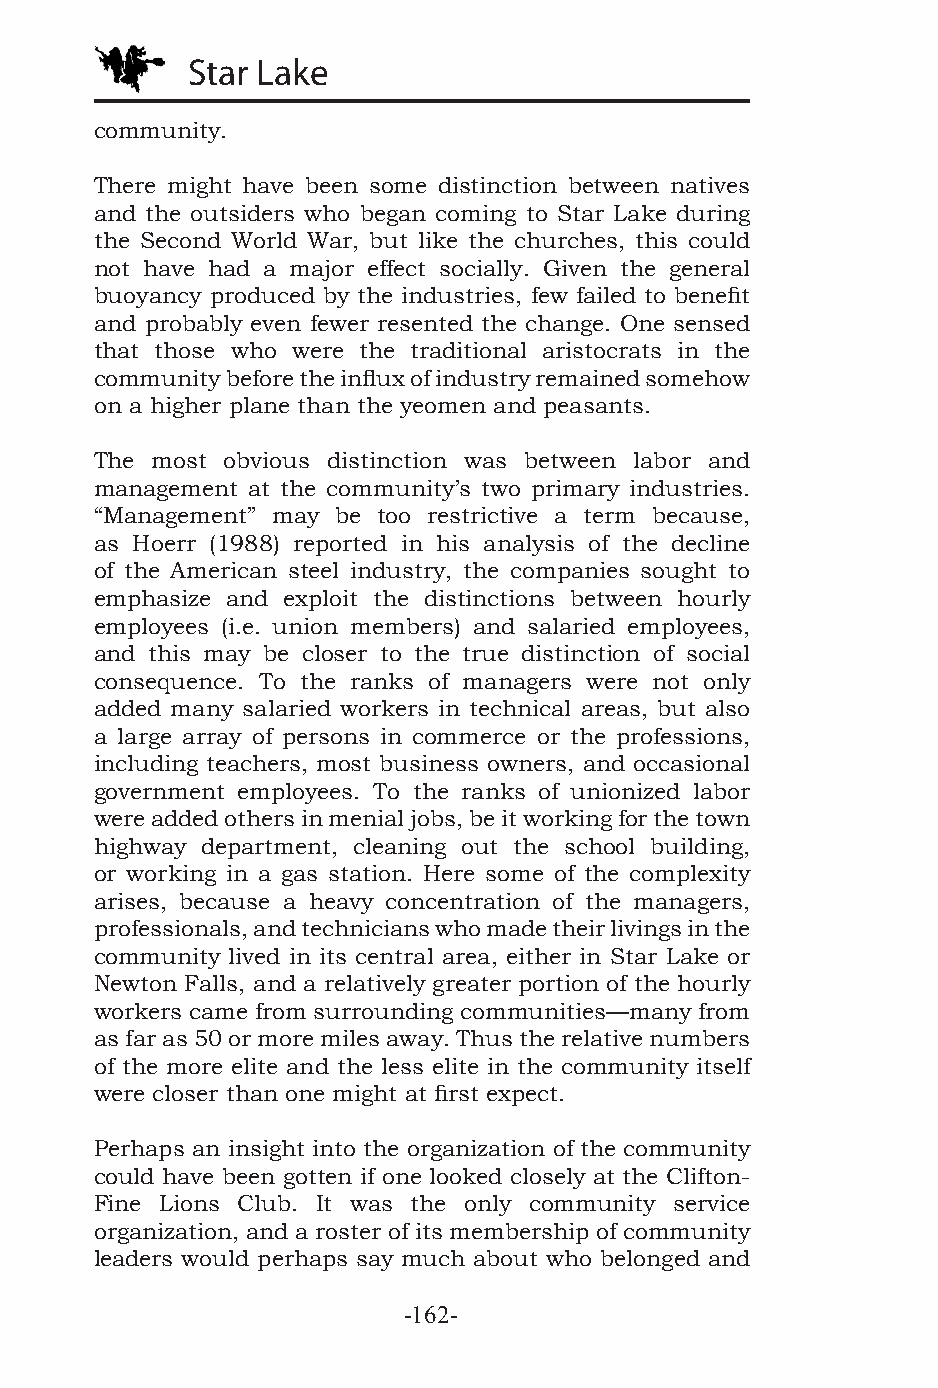
Star Lake
 community.
 There might have been some distinction between natives
 and the outsiders who began coming to Star Lake during
 the Second World War, but like the churches, this could
 not have had a major effect socially. Given the general
 buoyancy produced by the industries, few failed to benefit
 and probably even fewer resented the change. One sensed
 that those who were the traditional aristocrats in the
 community before the influx of industry remained somehow
 on a higher plane than the yeomen and peasants.
 The most obvious distinction was between labor and
 management at the community’s two primary industries.
 “Management” may be too restrictive a term because,
 as Hoerr (1988) reported in his analysis of the decline
 of the American steel industry, the companies sought to
 emphasize and exploit the distinctions between hourly
 employees (i.e. union members) and salaried employees,
 and this may be closer to the true distinction of social
 consequence. To the ranks of managers were not only
 added many salaried workers in technical areas, but also
 a large array of persons in commerce or the professions,
 including teachers, most business owners, and occasional
 government employees. To the ranks of unionized labor
 were added others in menial jobs, be it working for the town
 highway department, cleaning out the school building,
 or working in a gas station. Here some of the complexity
 arises, because a heavy concentration of the managers,
 professionals, and technicians who made their livings in the
 community lived in its central area, either in Star Lake or
 Newton Falls, and a relatively greater portion of the hourly
 workers came from surrounding communities—many from
 as far as 50 or more miles away. Thus the relative numbers
 of the more elite and the less elite in the community itself
 were closer than one might at first expect.
 Perhaps an insight into the organization of the community
 could have been gotten if one looked closely at the Clifton-
 Fine Lions Club. It was the only community service
 organization, and a roster of its membership of community
 leaders would perhaps say much about who belonged and
 -162-